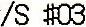
/S #03